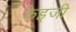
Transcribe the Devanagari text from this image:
केइजी